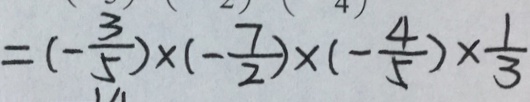
= ( - \frac { 3 } { 5 } ) \times ( - \frac { 7 } { 2 } ) \times ( - \frac { 4 } { 5 } ) \times \frac { 1 } { 3 }